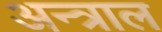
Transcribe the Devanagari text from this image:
अन्त्राल